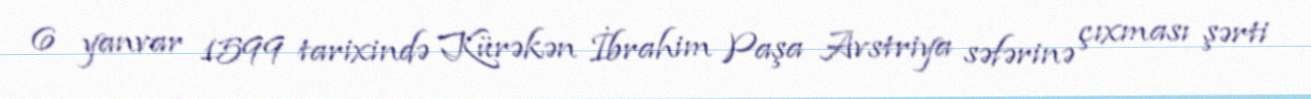
6 yanvar 1599 tarixində Kürəkən İbrahim Paşa Avstriya səfərinə çıxması şərti